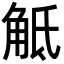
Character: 觝